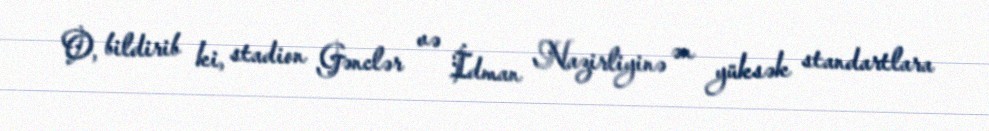
O, bildirib ki, stadion Gənclər və İdman Nazirliyinə ən yüksək standartlara